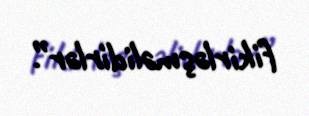
fikirləşməlidirlər”.